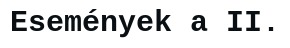
Események a II.